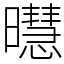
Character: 㬩